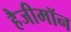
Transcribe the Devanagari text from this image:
हैजीमॉन